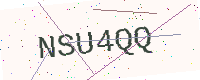
Text: NSU4QQ